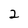
Character: 2